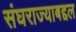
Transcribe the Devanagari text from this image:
संघराज्याबद्दल